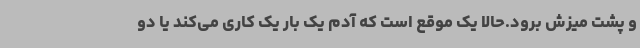
و پشت میزش برود.حالا یک موقع است که آدم یک بار یک کاری می‌کند یا دو